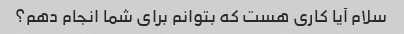
سلام آیا کاری هست که بتوانم برای شما انجام دهم؟